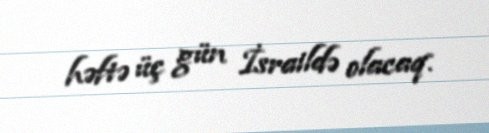
həftə üç gün İsraildə olacaq.